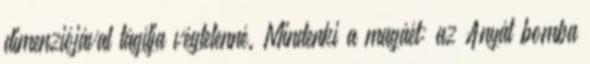
dimenziójával tágítja végtelenné. Mindenki a magáét: az Anyát bomba